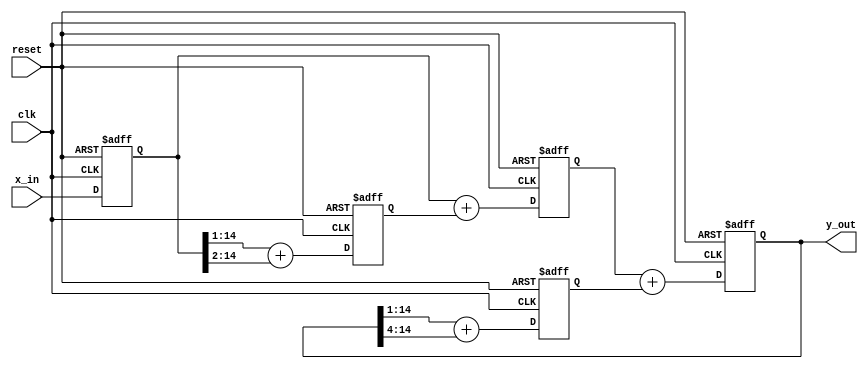
//*********************************************************
// IEEE STD 1364-2001 Verilog file: iir_pipe.v
// Author-EMAIL: Uwe.Meyer-Baese@ieee.org
//*********************************************************
module iir_pipe                 //----> Interface
 #(parameter W = 14)            // Bit width - 1
 (input clk,                    // System clock
  input reset,                  // Asynchronous reset   
  input signed [W:0]  x_in,     // System input
  output signed [W:0]  y_out);  // System output
// -------------------------------------------------------- 
  reg signed [W:0] x, x3, sx;
  reg signed [W:0] y, y9;  
            
  always @(posedge clk or posedge reset)  // Infer FFs for 
  begin               // input, output and pipeline stages;
      if (reset) begin   // Asynchronous clear
      x <= 0; x3 <= 0; sx <= 0; y9 <= 0; y <= 0; 
    end else begin
      x   <= x_in;       // use non-blocking FF assignments
      x3  <= (x >>> 1) + (x >>> 2); 
                              // i.e. x / 2 + x / 4 = x*3/4
      sx  <= x + x3;//Sum of x element i.e. output FIR part
      y9  <= (y >>> 1) + (y >>> 4); 
                            // i.e. y / 2 + y / 16 = y*9/16
      y   <= sx + y9;                     // Compute output
    end
  end

  assign y_out = y ;   // Connect register y to output pins

endmodule